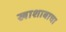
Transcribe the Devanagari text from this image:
खाशाबाचा